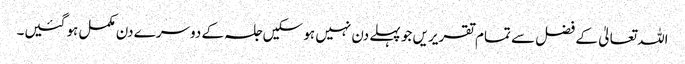
اللہ تعالیٰ کے فضل سے تمام تقریریں جو پہلے دن نہیں ہو سکیں جلسہ کے دوسرے دن مکمل ہو گئیں۔